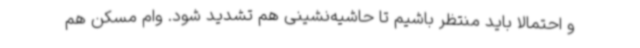
و احتمالا باید منتظر باشیم تا حاشیه‌نشینی هم تشدید شود. وام مسکن هم